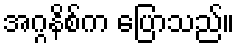
အဂ္ဂနိစ်က ပြောသည်။